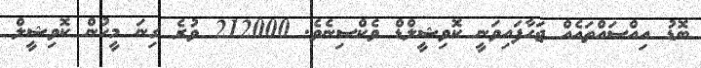
ބޮޑު އިއްސައްތައެއް ޖަހާފައިވަނީ ކޮވިޝީލްޑް ވެކްސިނެވެ. 212000 ވުރެ ގިނަ މީހުން ކޮވިޝީލް